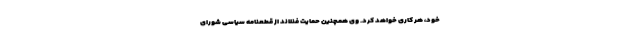
خود، هر کاری خواهد کرد. وی همچنین حمایت فنلاند از قطعنامه سیاسی شورای